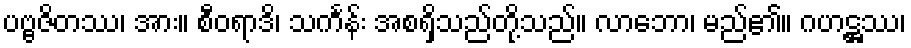
ပဗ္ဗဇိတဿ၊ အား။ စီဝရာဒိ၊ သင်္ကန်း အစရှိသည်တို့သည်။ လာဘော၊ မည်၏။ ဂဟဋ္ဌဿ၊